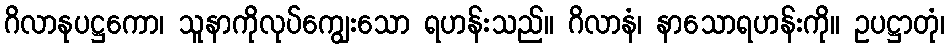
ဂိလာနုပဋ္ဌကော၊ သူနာကိုလုပ်ကျွေးသော ရဟန်းသည်။ ဂိလာနံ၊ နာသောရဟန်းကို။ ဥပဋ္ဌာတုံ၊